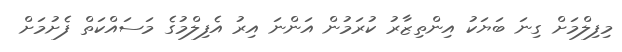
މިފިލްމަށް ގިނަ ބަޔަކު އިންތިޒާރު ކުރަމުން އަންނަ އިރު އެފިލްމުގެ މަސައްކަތް ފެށުމަށް